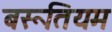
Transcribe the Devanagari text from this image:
बरूतियम